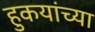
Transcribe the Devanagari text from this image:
हुकयांच्या